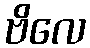
ဗိလေ